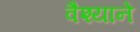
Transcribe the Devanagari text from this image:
वैश्याने